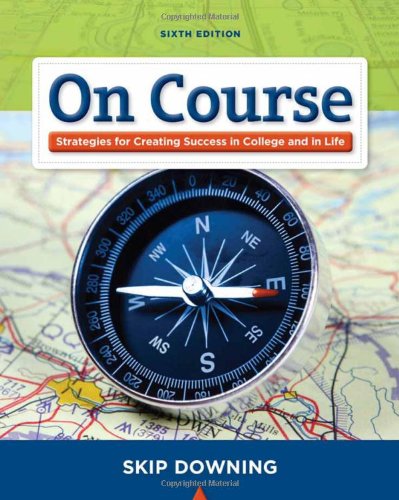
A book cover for On Course: Stategies for Creating Success in College and in Life (Textbook-specific CSFI); Skip Downing; Test Preparation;